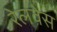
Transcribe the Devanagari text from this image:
रेलवेस